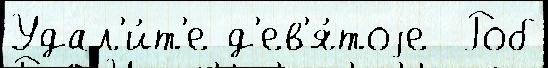
Удал'и́т'е д'ев'я́тоjе  Роб